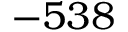
- 5 3 8